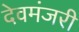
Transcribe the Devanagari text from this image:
देवमंजरी